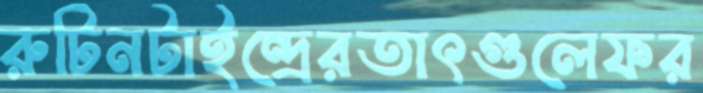
রুটিনটাইন্দ্রেরতাৎগুলেফর